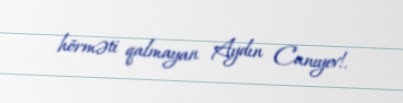
hörməti qalmayan Aydın Canıyev!.